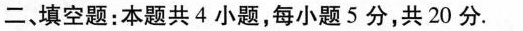
二、填空题：本题共4小题，每小题5分，共20分。